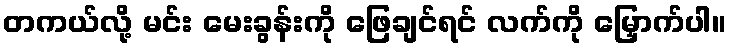
တကယ်လို့ မင်း မေးခွန်းကို ဖြေချင်ရင် လက်ကို မြှောက်ပါ။